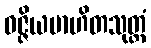
ဝဇ္ဇိယမာဟိတသုတ္တံ